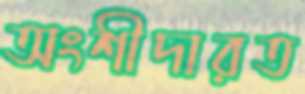
অংশীদারত